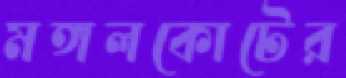
মঙ্গলকোটের